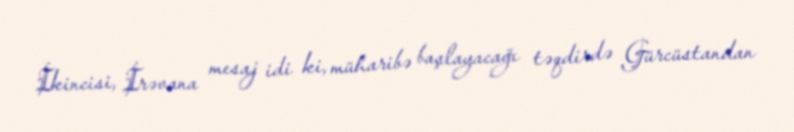
İkincisi, İrəvana mesaj idi ki, müharibə başlayacağı təqdirdə Gürcüstandan